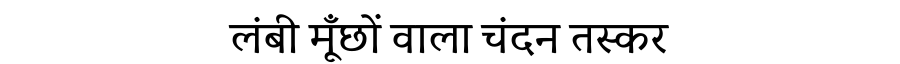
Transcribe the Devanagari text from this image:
लंबी मूँछों वाला चंदन तस्कर